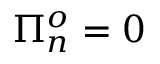
\Pi _ { n } ^ { o } = 0